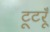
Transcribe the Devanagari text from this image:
टूटरूँ